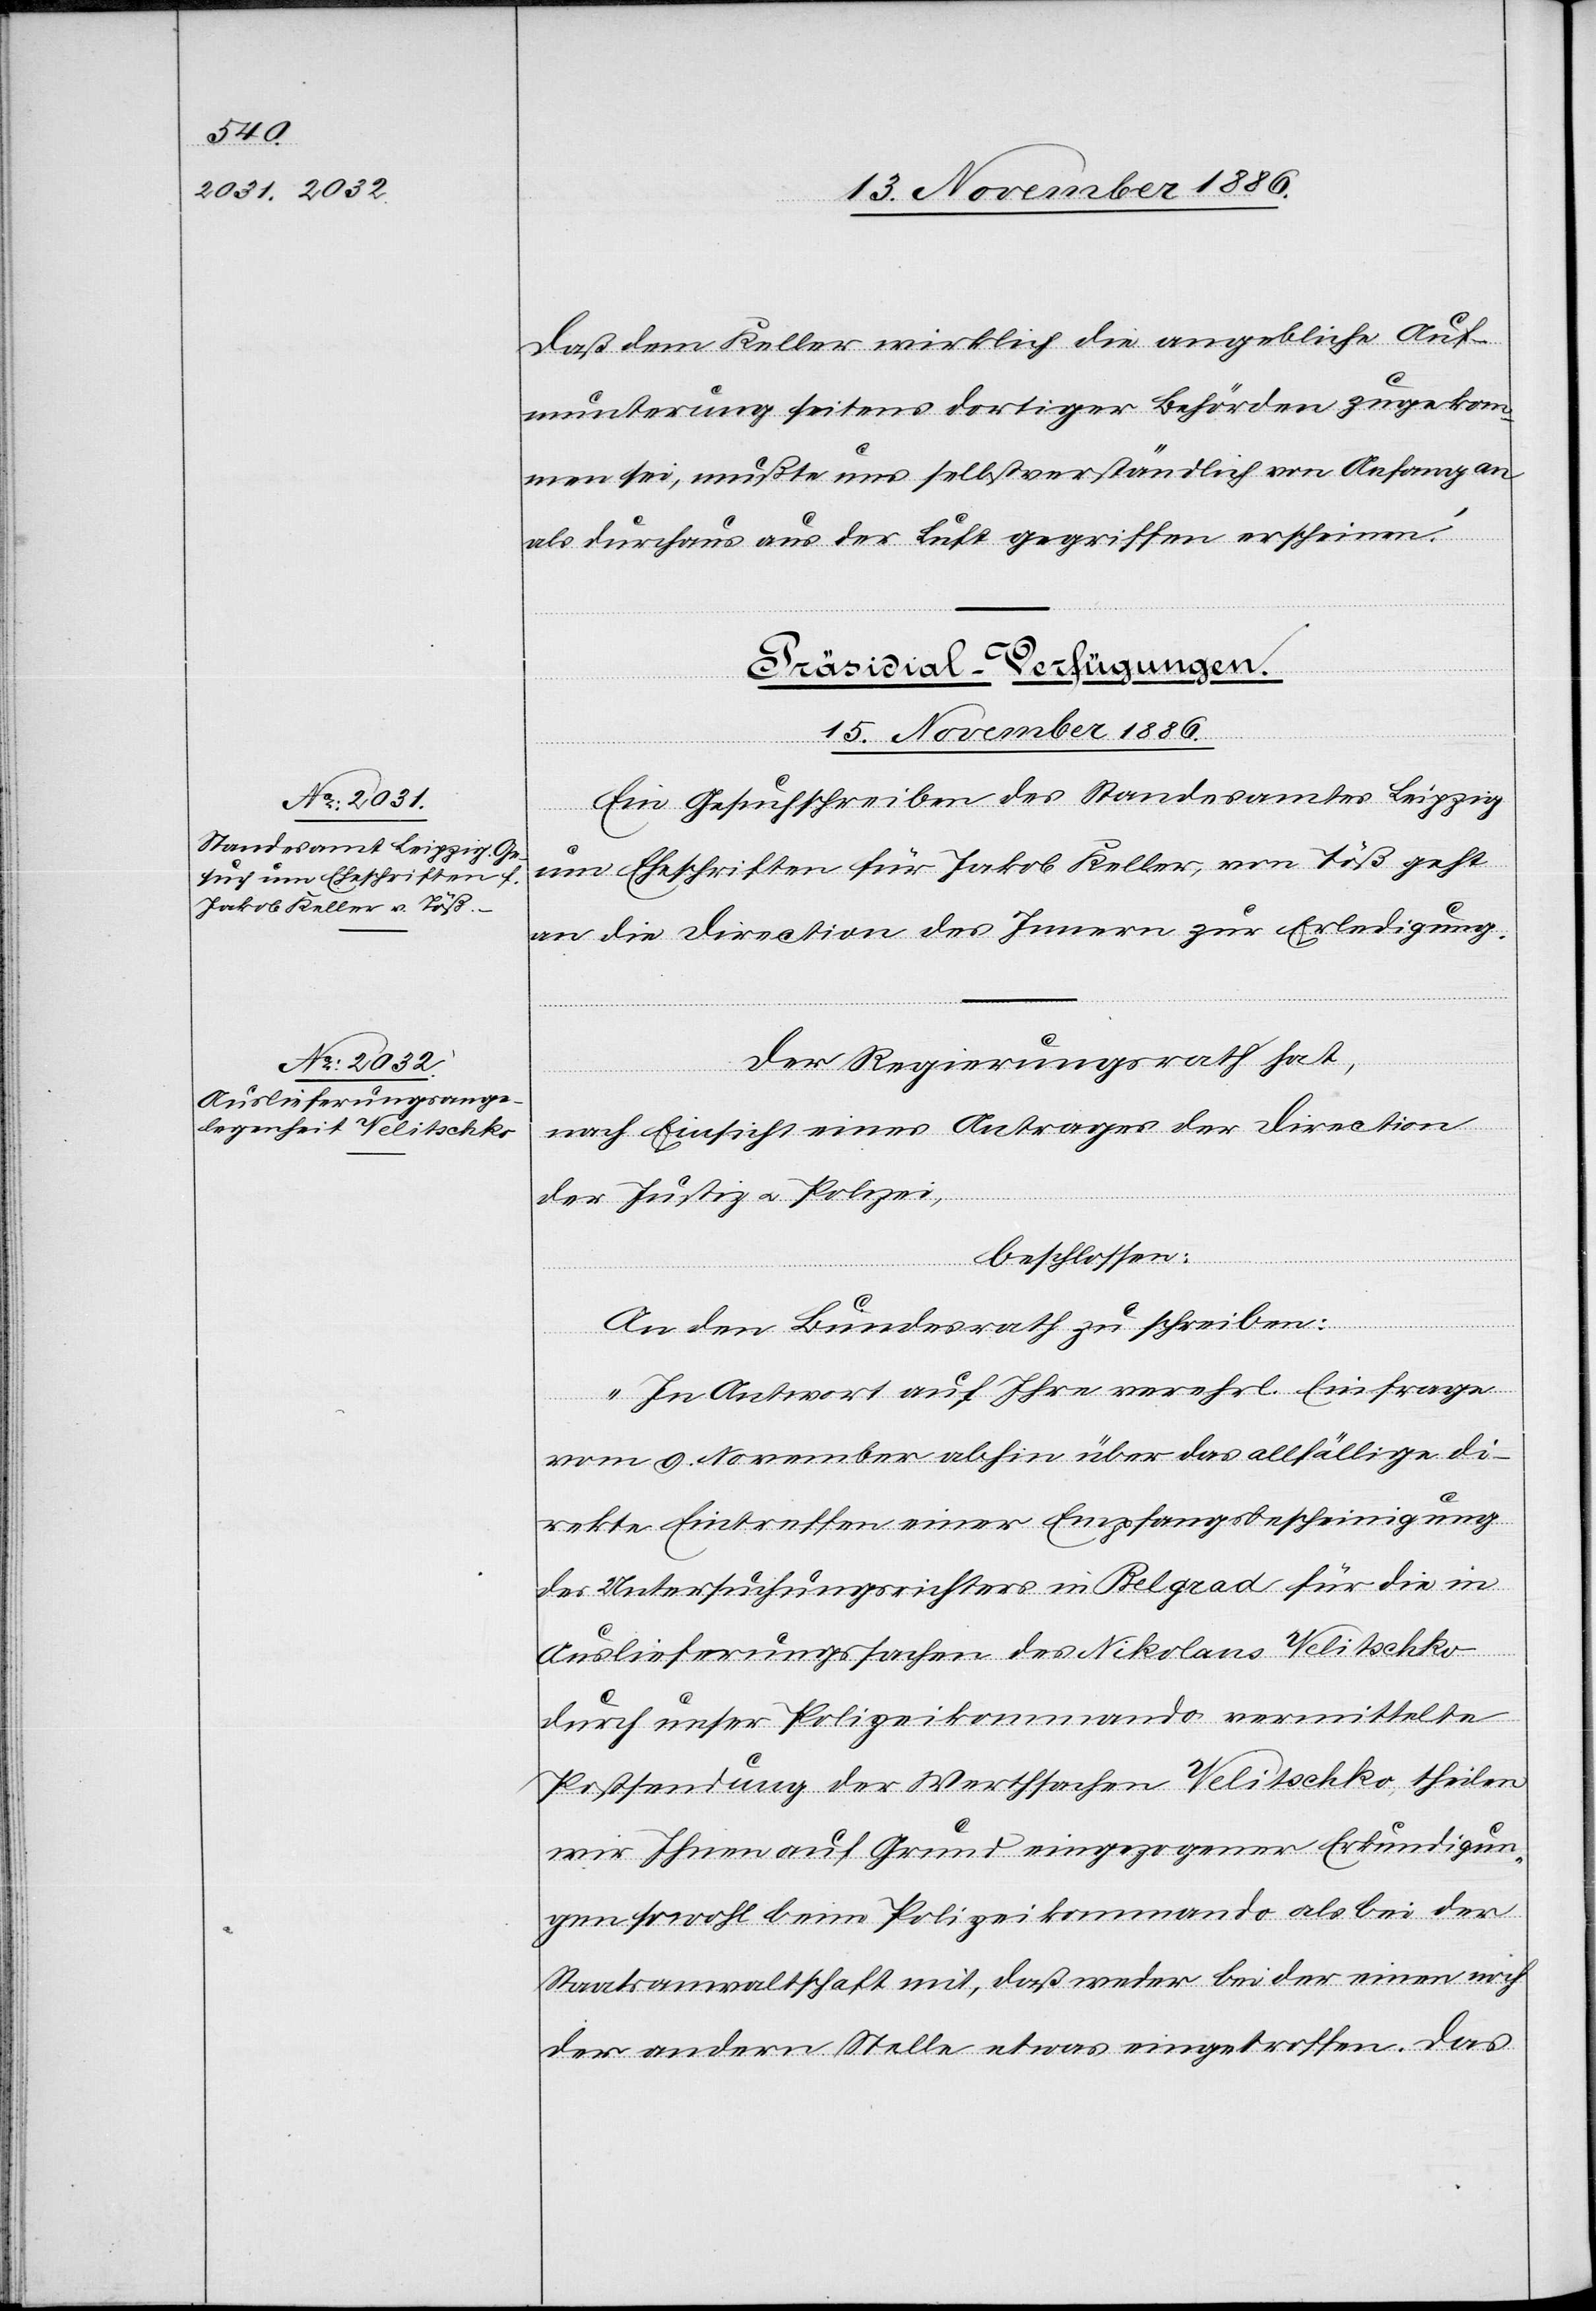
Daß dem Keller wirklich die angebliche Auf¬
munterung seitens dortiger Behörden zugekom¬
men sei, mußte uns selbstverständlich von Anfang an
als durchaus aus der Luft gegriffen erscheinen.“
[Präsidial-Verfügungen.
15. November 1886.]
Ein Gesuchschreiben des Standesamtes Leipzig
um Eheschriften für Jakob Keller, von Töß geht
an die Direction des Innern zur Erledigung.
Der Regierungsrath hat,
nach Einsicht eines Antrages der Direction
der Justiz & Polizei,
beschlossen:
An den Bundesrath zu schreiben:
„In Antwort auf Ihre verehrl. Einfrage
vom 9. November abhin über das allfällige di¬
rekte Eintreffen einer Empfangsbescheinigung
des Untersuchungsrichters in Belgrad für die in
Auslieferungssachen des Nikolaus Velitschko
durch unser Polizeikommando vermittelte
Postsendung der Werthsachen Velitschko, theilen
wir Ihnen auf Grund eingezogener Erkundigun¬
gen sowohl beim Polizeikommando als bei der
Staatsanwaltschaft mit, daß weder bei der einen noch
der andern Stelle etwas eingetroffen. Das